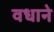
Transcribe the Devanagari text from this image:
वधाने